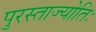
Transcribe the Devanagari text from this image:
पुरस्ताज्योतिः